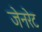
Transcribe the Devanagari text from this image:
जेनरेट